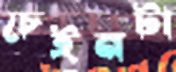
চেইনটা